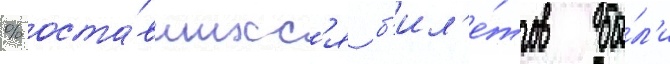
% оста́вшихс'я б'ил'е́тов бы́л'и